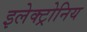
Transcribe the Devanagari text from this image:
इलेक्ट्रोनिय